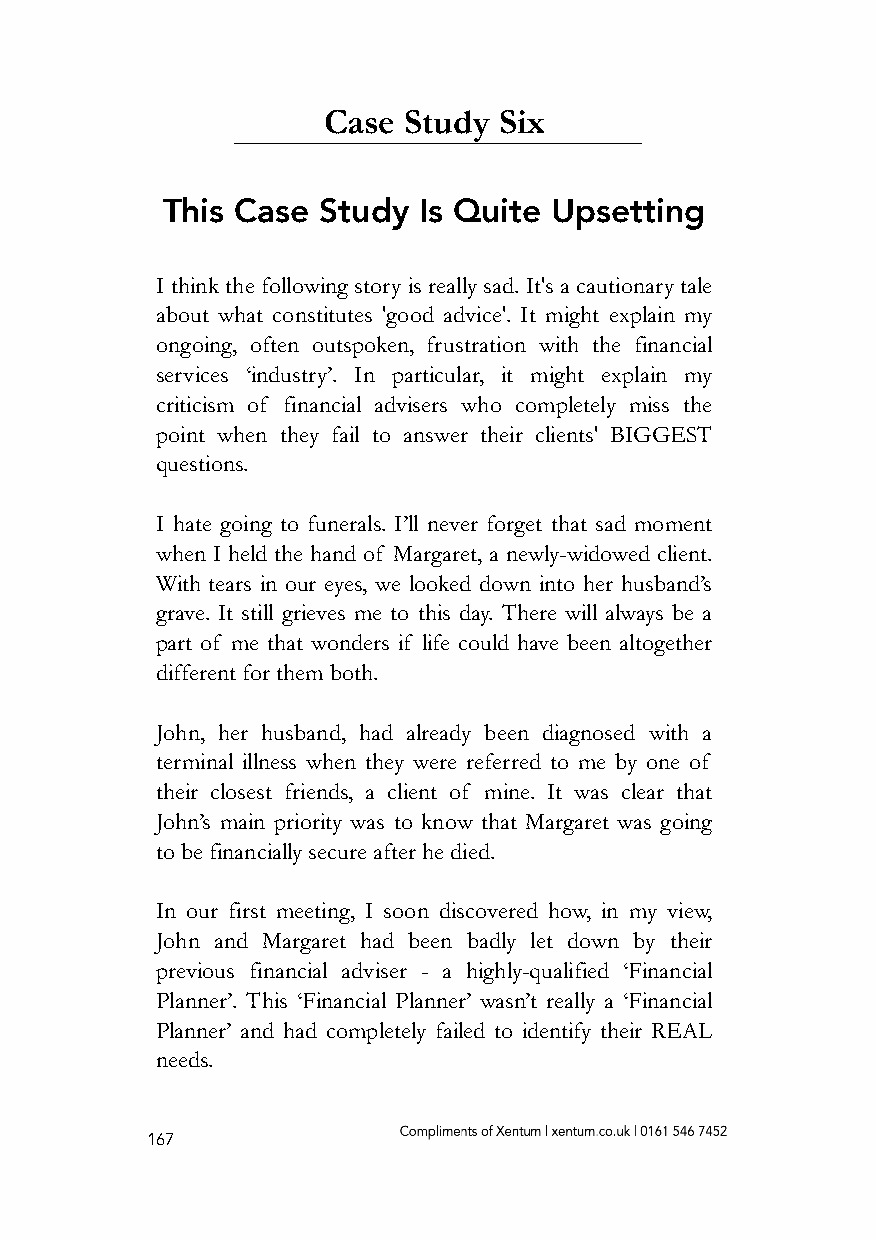
Case  Study Six
 This Case Study  Is Quite Upsetting
 I think the following story is really sad. It's a cautionary tale
 about what constitutes 'good advice'. It might explain my
 ongoing, often outspoken, frustration with the financial
 services ‘industry’. In particular, it might explain my
 criticism of financial advisers who completely miss the
 point when they fail to answer their clients' BIGGEST
 questions.
 I hate going to funerals. I’ll never forget that sad moment
 when I held the hand of Margaret, a newly-widowed client.
 With tears in our eyes, we looked down into her husband’s
 grave. It still grieves me to this day. There will always be a
 part of me that wonders if life could have been altogether
 different for them both.
 John, her husband, had already been diagnosed with a
 terminal illness when they were referred to me by one of
 their closest friends, a client of mine. It was clear that
 John’s main priority was to know that Margaret was going
 to be financially secure after he died.
 In our first meeting, I soon discovered how, in my view,
 John and Margaret had been badly let down by their
 previous financial adviser - a highly-qualified ‘Financial
 Planner’. This ‘Financial Planner’ wasn’t really a ‘Financial
 Planner’ and had completely failed to identify their REAL
 needs.
 167